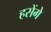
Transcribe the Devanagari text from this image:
हसेंगे